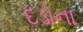
દડોના